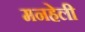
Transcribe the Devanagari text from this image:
मनहेली